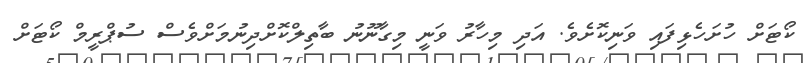
ކޯޓަށް ހުށަހެޅިފައި ވަނިކޮށެވެ. އަދި މިހާރު ވަނީ މިގާނޫނު ބާތިލްކޮށްދިނުމަށްވެސް ސުޕްރީމް ކޯޓަށް